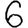
Digit: 6